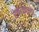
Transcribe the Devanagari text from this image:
रंकाळ्याला